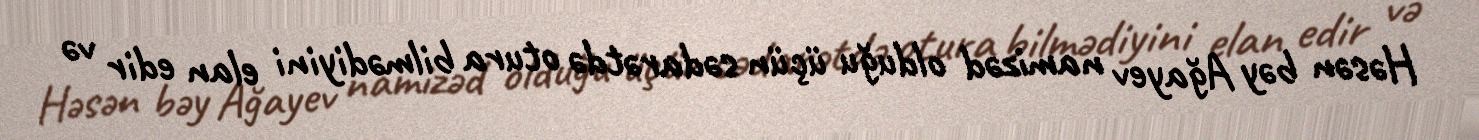
Həsən bəy Ağayev namizəd olduğu üçün sədarətdə otura bilmədiyini elan edir və